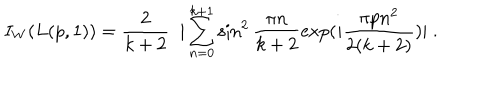
I _ { W } ( L ( p , 1 ) ) = \frac { 2 } { k + 2 } \; \; | \sum _ { n = 0 } ^ { k + 1 } \sin ^ { 2 } \frac { \pi n } { k + 2 } \mathrm { e x p } ( i \frac { \pi p n ^ { 2 } } { 2 ( k + 2 ) } ) | \; .